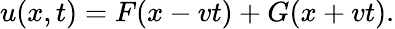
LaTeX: u(x,t)=F(x-vt)+G(x+vt).